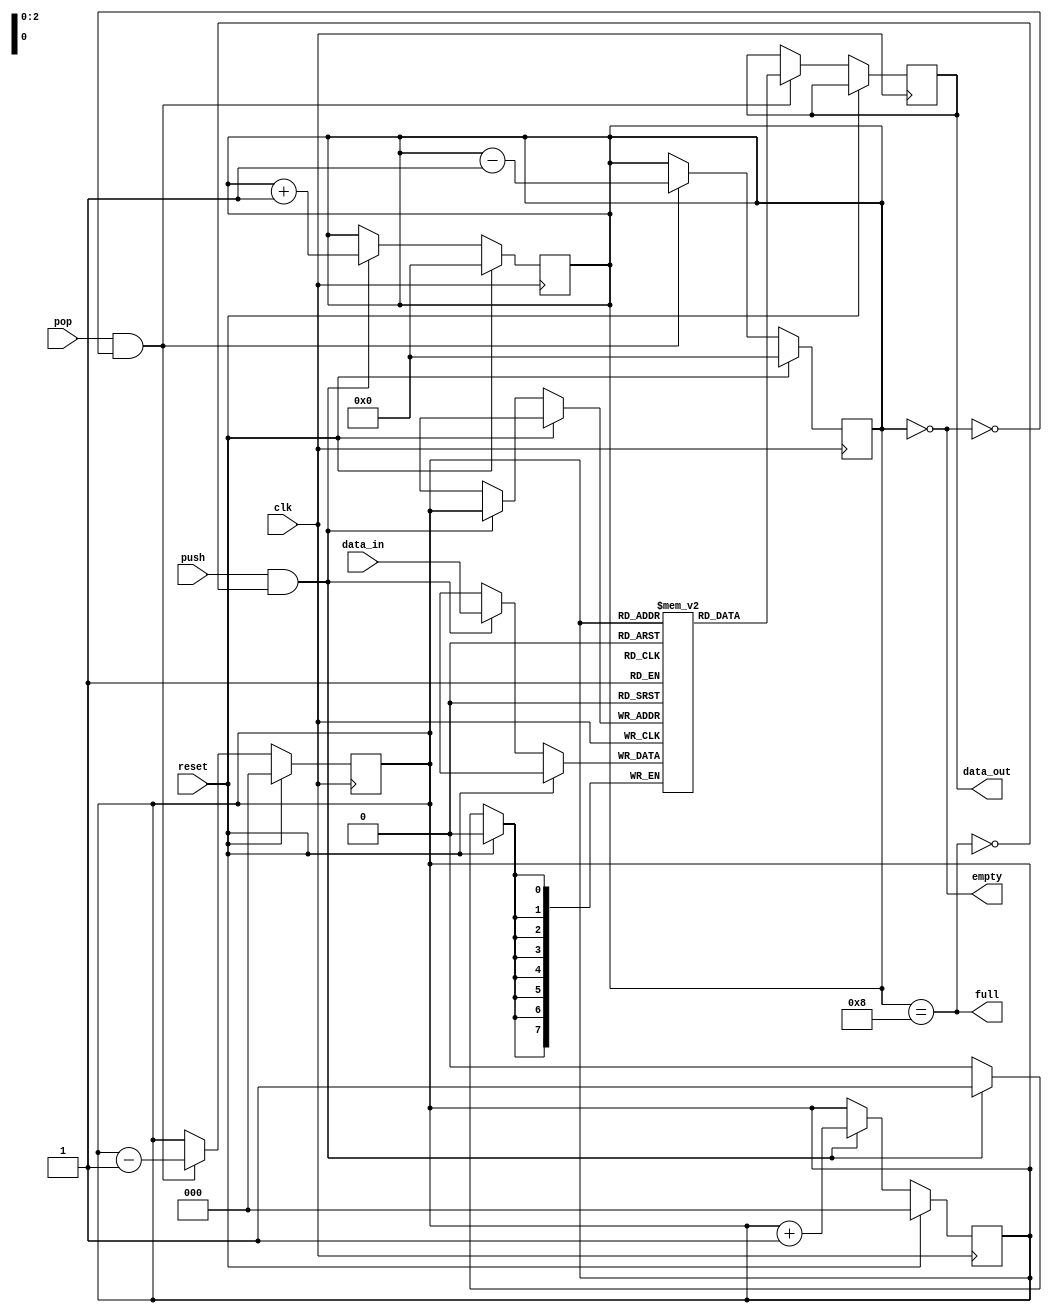
module lifo (
    input clk,       // Clock input
    input reset,     // Reset input
    input push,      // Push signal
    input pop,       // Pop signal
    input [7:0] data_in,  // Data input
    output reg [7:0] data_out,  // Data output
    output reg full,           // LIFO full flag
    output reg empty           // LIFO empty flag
);

// Parameters
parameter DEPTH = 8; // Depth of the LIFO

// Internal signals
reg [7:0] lifo[0:DEPTH-1];
reg [2:0] top;
reg [3:0] count;

// Initialize signals
initial begin
    top = 0;
    count = 0;
    full = 0;
    empty = 1;
end

// LIFO full and empty logic
always @* begin
    full = (count == DEPTH);
    empty = (count == 0);
end

// Push logic
always @(posedge clk) begin
    if (reset) begin
        top <= 0;
        count <= 0;
    end else if (push && !full) begin
        lifo[top] <= data_in;
        top <= top + 1;
        count <= count + 1;
    end
end

// Pop logic
always @(posedge clk) begin
    if (reset) begin
        top <= 0;
        count <= 0;
    end else if (pop && !empty) begin
        top <= top - 1;
        count <= count - 1;
        data_out <= lifo[top];
    end
end

endmodule